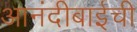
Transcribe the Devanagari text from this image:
आनंदीबाईची